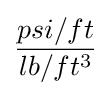
{\frac {psi/ft}{lb/ft^{3}}}